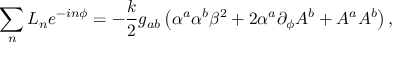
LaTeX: \sum _ { n } L _ { n } e ^ { - i n \phi } = - { \frac { k } { 2 } } g _ { a b } \left( \alpha ^ { a } \alpha ^ { b } \beta ^ { 2 } + 2 \alpha ^ { a } \partial _ { \phi } A ^ { b } + A ^ { a } A ^ { b } \right) ,